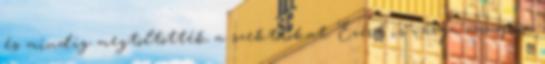
és mindig megtöltötték a szektorokat. Ezért is várja annyira